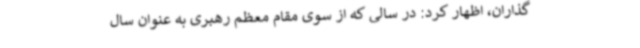
گذاران، اظهار کرد: در سالی که از سوی مقام معظم رهبری به عنوان سال